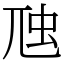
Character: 虺